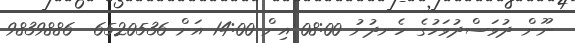
ނޫން ދުވަސްދުވަހުގެ ހެނދުނު 08:00 އިން 14:00 އަށް 6520536  9839886